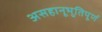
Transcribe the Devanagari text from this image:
असहानूभुतिपूर्ण